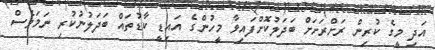
އަދި މީގެ ކުރިން ރަށްރަށަށް ބަދަލުކޮށްފައިވާ މީހުންގެ އައިޑީ ކާޑުތައް ބަދަލުނުކުރި ނަމަވެސް